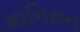
માનિસન